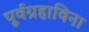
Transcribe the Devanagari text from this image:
पूर्वग्रहाविना